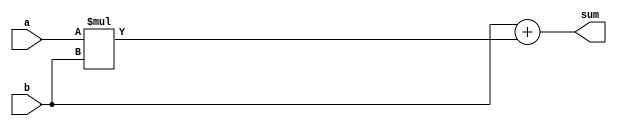
module carry_save_adder(
    input [7:0] a,
    input [7:0] b,
    output [7:0] sum
);

wire [15:0] partial_products;
wire [15:0] carry_save_sum;

// Partial Product Generator
assign partial_products = a * b;

// Carry Save Accumulator
assign carry_save_sum = {a, b} + partial_products;

// Final sum output
assign sum = carry_save_sum[7:0]; // Discarding excess bits

endmodule